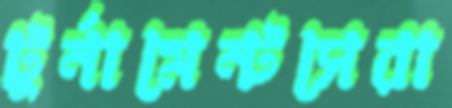
টুর্নামেন্টসেরা